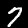
Digit: 7